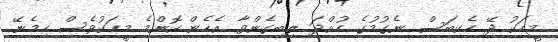
މީހަކު ދޭ ހެކިބަސް ނެގުމުގެ ހުއްދަ ލިބިގެންވާ އެހެން ކޮންމެ މީހަކުވެސް ހިމެނޭ